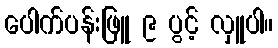
ပေါက်ပန်းဖြူ ၉ ပွင့် လှူပါ။